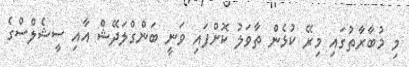
މި މުބާރާތުގައި މިރޭ ކުޅެން ތާވަލު ކޮށްފައި ވަނީ ބަންގްލަދޭޝް އާއި ސީޝެލްސްގެ